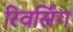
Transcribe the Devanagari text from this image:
रिवर्सिंग